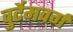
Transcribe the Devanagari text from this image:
वुर्टेमवर्ग